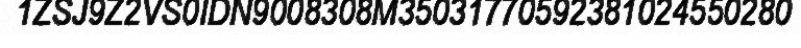
1ZSJ9Z2VS0IDN9008308M35031770592381024550280